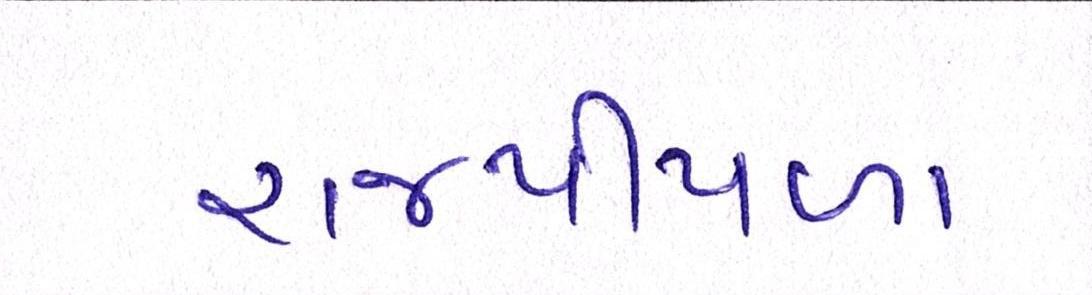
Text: રાજપીપળા